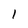
Character: l